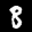
Label: 8